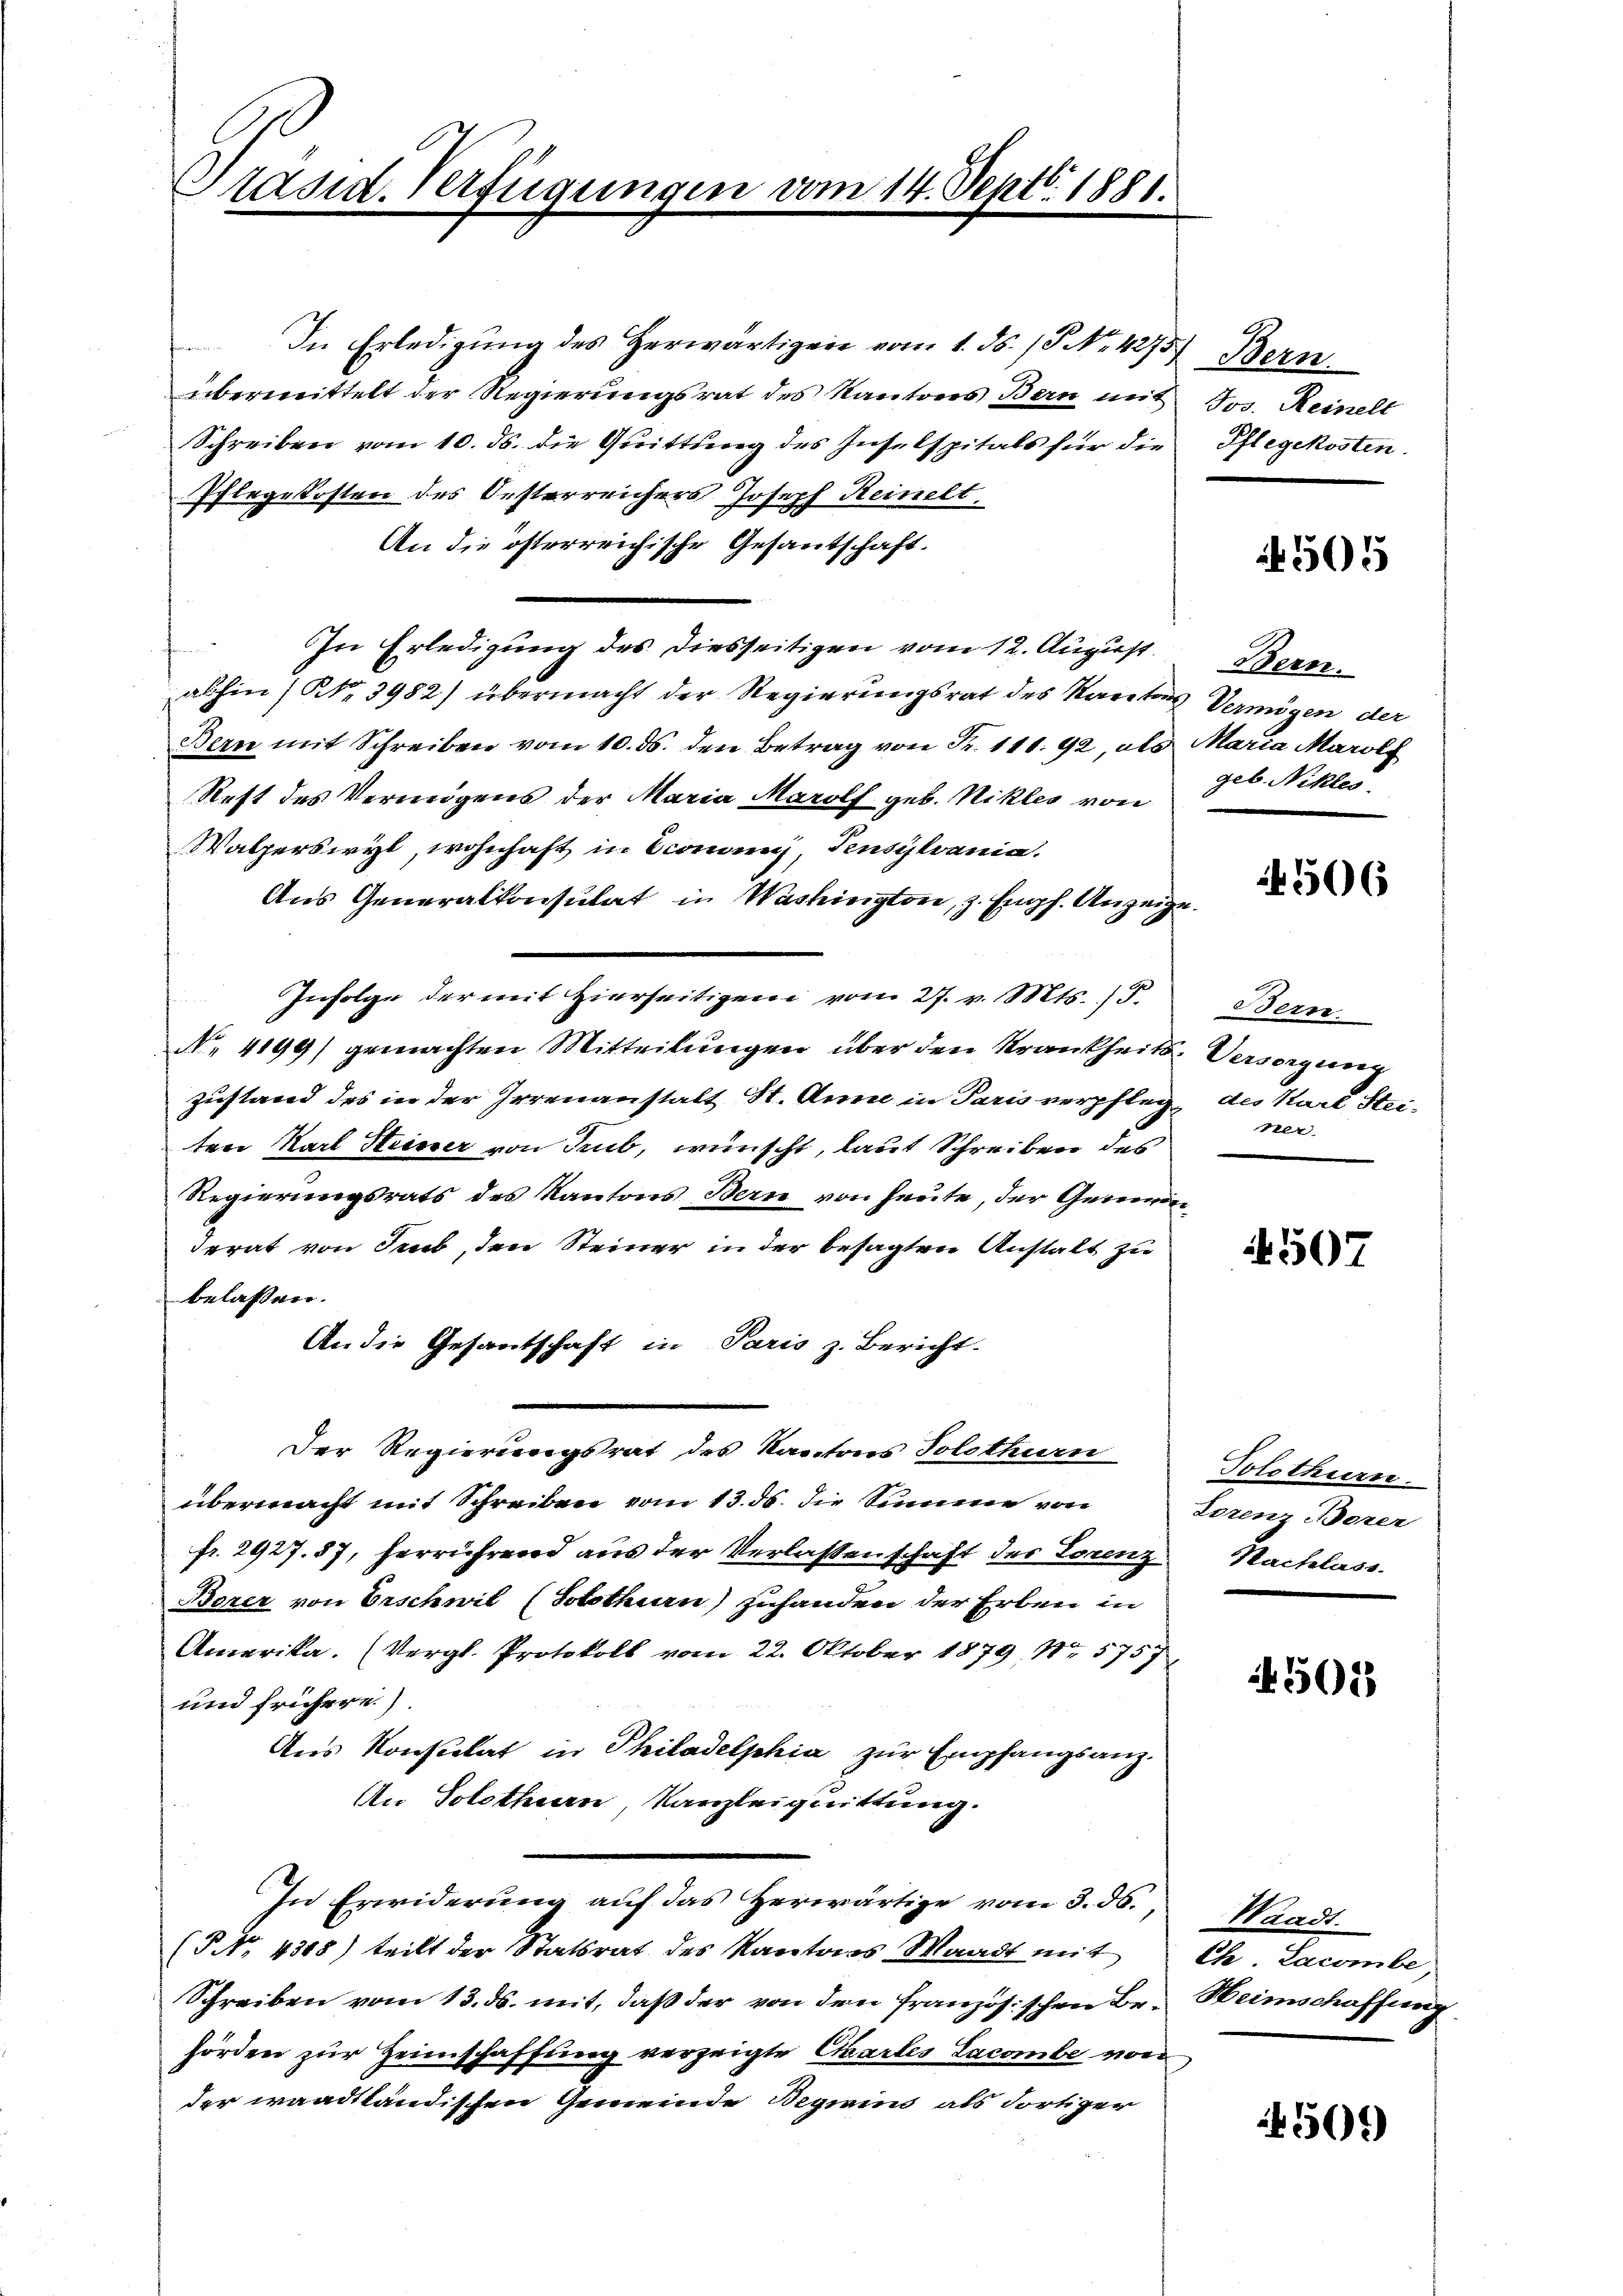
Präsid. Verfügungen vom 14. Sept. 1881.

In Erledigŭng des Herwärtigen vom 1. ds. S. Nr. 1275) Bern
übermittelt der Regierungsrat des Kantons Bern mit Jos. Reinell
Schreiben vom 10. ds. die Quittung des Inselspitals für die
Pflegekosten des Oesterreichers Joseph Reinelt,
An die österreichische Gesandtschaft.
t
In Erledigung des diesseitigen vom 12. August. Bern.
abhin) NNo. 3982) übermacht der Regierungsrat des Karitas Vermögen der
Bern mit Schreiben vom 10. ds. den Betrag von Fr. 111. 92, als Maria Marol
Rest des Vermögens der Maria Marolf geb. Nikles von
Walperswyl, wohnhaft in Economie, Tensylvania.
Aus Generalkonsulat in Washington, z. Empf. Anzeige.
Infolge der mit Hierseitigen vom 27. v. Mts., F.
N. 4199) gemachten Mitteilŭngen über den Krankheits-Versorgung
zustand des in der Irrenanstalt St. Anne in Paris verpflege des Karl Steiten Karl Heiner von Trub, wünscht, laut Schreiben des
Regierungsrats des Kantons Bern von heute, der Generden
derat von Sub, den Steiner in der besagten Anstalt zu
belassen.
An die Gesantschaft in Paris z. Bericht.
Der Regierungsrat des Kantons Solothurn
übermacht mit Schreiben vom 13. ds. die Sinnene von
fr. 2927. 87, herrührend aus der Verlassenschaft des Lorenz
Borer von Erschwil (Solothurn) zuhanden der Erben in
Amerika. (Vergl. Protokoll vom 22. Oktober 1879, Nr. 5757
und frühere.
Aus Konsulat in Philadelphia zur Empfangsanz.
An Solothurn, Kanzleiquittung.
In Erwiderung auf das Herwärtige vom 3. ds.,
(NNo. 4368) teilt der Statsrat des Kantons Waadt mit Ch. Lacombe,
Schreiben vom 13. ds. mit, daß der von den französischen Be- Heimschaffung
hörden zur Heimschaffung verzeigte Chartes Lacombe von
der waadtländischen Gemeinde Begiain als dortiger

Pflegekosten.

501

geb. Nikles

506

Oern
ner.

507

Solothurn
Lorenz derer
Nachlass

502

Waadt.

4502)